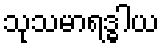
သုသမာရဒ္ဓါယ